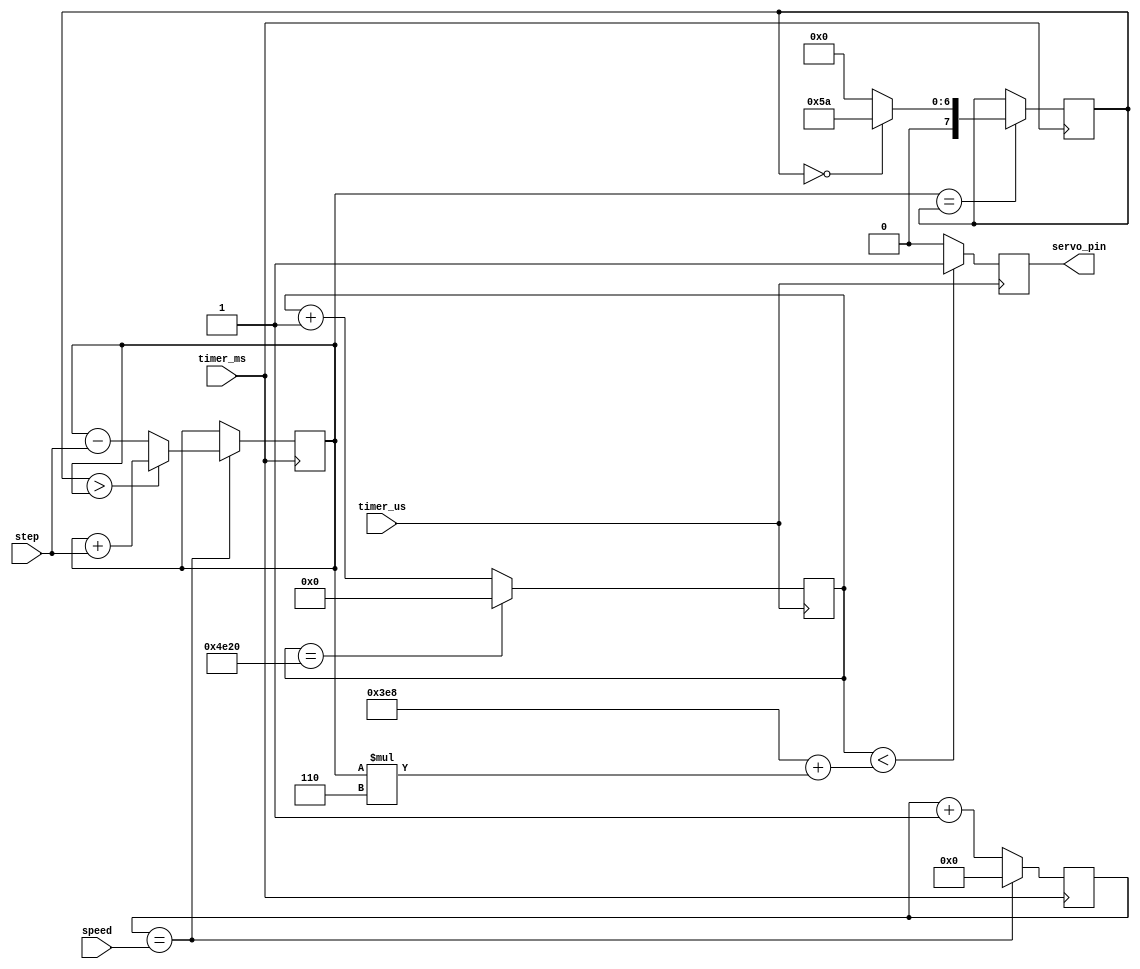
module servo(servo_pin,timer_ms,timer_us,speed,step);

input wire timer_ms;
input wire timer_us;
output reg servo_pin;
input step;
reg [14:0] cnt = 0;
input [7:0] speed; // speed in ms
reg [7:0] servo_cnt = 0;
reg [7:0] angle = 160;				// angle in degrees
reg [7:0] current_angle = 0;

//wire signed [2:0] step;
//assign step = angle > current_angle ? 1 : -1;
always @(posedge timer_ms)
begin
	if(servo_cnt == speed)
	begin
		if(angle > current_angle)
			current_angle <= current_angle + step;
		else	
			current_angle <= current_angle - step;
		servo_cnt <= 0;
	end
	else
	begin
		servo_cnt <= servo_cnt + 1;
	end
	if(current_angle == angle)
	begin
		if(angle == 0)
			angle <= 90;
		else 
			angle <= 0;
	end
end
always @(posedge timer_us)
begin
	cnt <= cnt + 1;
	if(cnt == 20000)
	begin
		cnt <= 0;
	end
	if(cnt < 1000 + current_angle * 6)
	begin
		servo_pin <= 1;
	end
	else
	begin
		servo_pin <= 0;
	end
end


endmodule